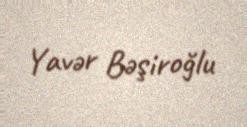
Yavər Bəşiroğlu